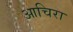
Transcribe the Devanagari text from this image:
आचिरा